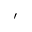
\prime